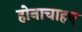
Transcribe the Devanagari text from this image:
होनाचाहए